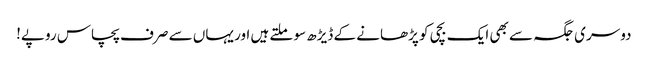
دوسری جگہ سے بھی ایک بچی کو پڑھانے کے ڈیڑھ سو ملتے ہیں اور یہاں سے صرف پچاس روپے!